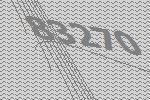
83270